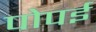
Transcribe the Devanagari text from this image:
पोपई